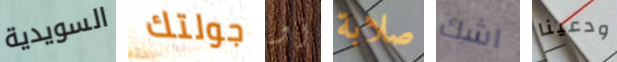
السويدية جولتك أو صلابة اشك ودعينا